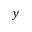
y